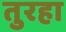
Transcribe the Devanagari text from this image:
तुरहा